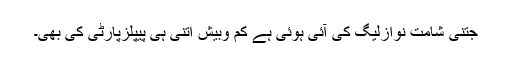
جتنی شامت نوازلیگ کی آئی ہوئی ہے کم وبیش اُتنی ہی پیپلزپارٹی کی بھی۔